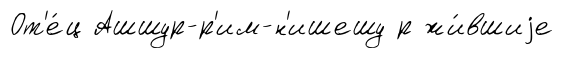
От'е́ц Ашшур-р'им-н'ишешу р жи́вшиjе